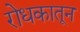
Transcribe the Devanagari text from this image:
रोधकातून